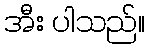
အီး ပါသည်။